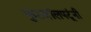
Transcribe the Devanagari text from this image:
फुटबॉलपटूंनी